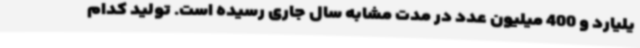
یلیارد و 400 میلیون عدد در مدت مشابه سال جاری رسیده است. تولید کدام